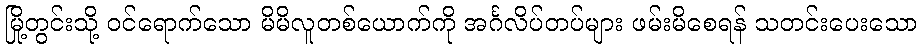
မြို့တွင်းသို့ ဝင်ရောက်သော မိမိလူတစ်ယောက်ကို အင်္ဂလိပ်တပ်များ ဖမ်းမိစေရန် သတင်းပေးသော